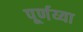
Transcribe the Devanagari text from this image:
पूर्णय्या